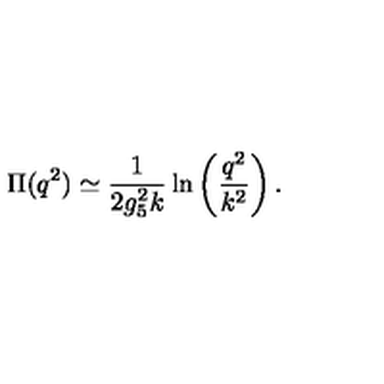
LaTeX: \Pi ( q ^ { 2 } ) \simeq { \frac { 1 } { 2 g _ { 5 } ^ { 2 } k } } \ln \left( { \frac { q ^ { 2 } } { k ^ { 2 } } } \right) .